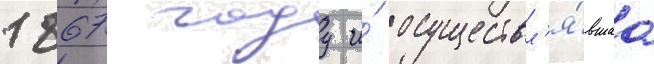
1867 году и́ осуществл'я́вшаа